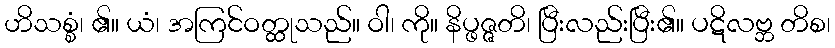
ဟိသစ္စံ၊ ၏။ ယံ၊ အကြင်ဝတ္ထုသည်။ ဝါ၊ ကို။ နိပ္ဖဇ္ဇတိ၊ ပြီးလည်းပြီး၏။ ပဋိလဗ္ဘ တိစ၊